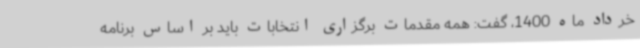
خرداد ماه 1400، گفت: همه مقدمات برگزاری انتخابات باید بر اساس برنامه